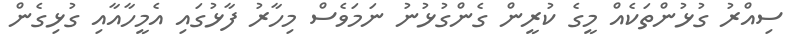
ސިއްރު ގުޅުންތަކެއް މީގެ ކުރީން ގެންގުޅުނު ނަމަވެސް މިހާރު ފާޅުގައި އެމީހާއާއި ގުޅިގެން